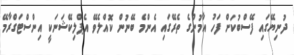
ދުނިޔޭގައި ފޭސްބުކަށް ފަހު އާމުންގެ ތެރޭގައި އެންމެ ބޭނުން ކޮއްލެވޭ އެޕްލިކޭޝަނަކީ އިންސްޓަގްރާމޭޭ